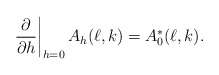
\begin{align*}\left.\frac{\partial}{\partial h}\right|_{h=0}A_h(\ell,k)=A_0^\ast(\ell,k).\end{align*}